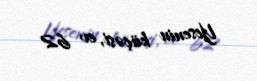
Yesenin küçəsi, ev 62